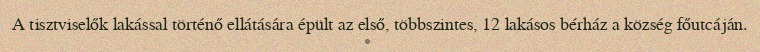
A tisztviselők lakással történő ellátására épült az első, többszintes, 12 lakásos bérház a község főutcáján.